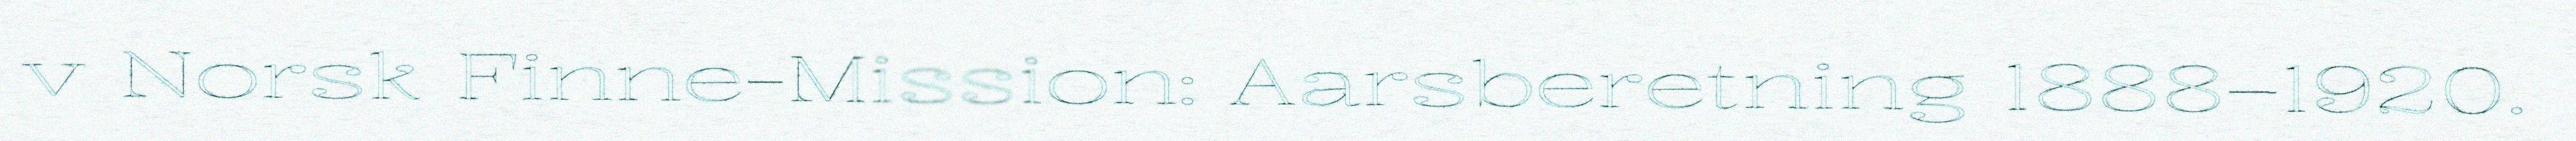
v Norsk Finne-Mission: Aarsberetning 1888–1920.